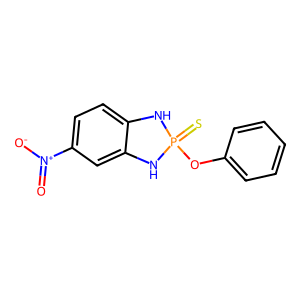
SMILES: O=[N+]([O-])c1ccc2c(c1)NP(=S)(Oc1ccccc1)N2
Inhibits HIV replication: No